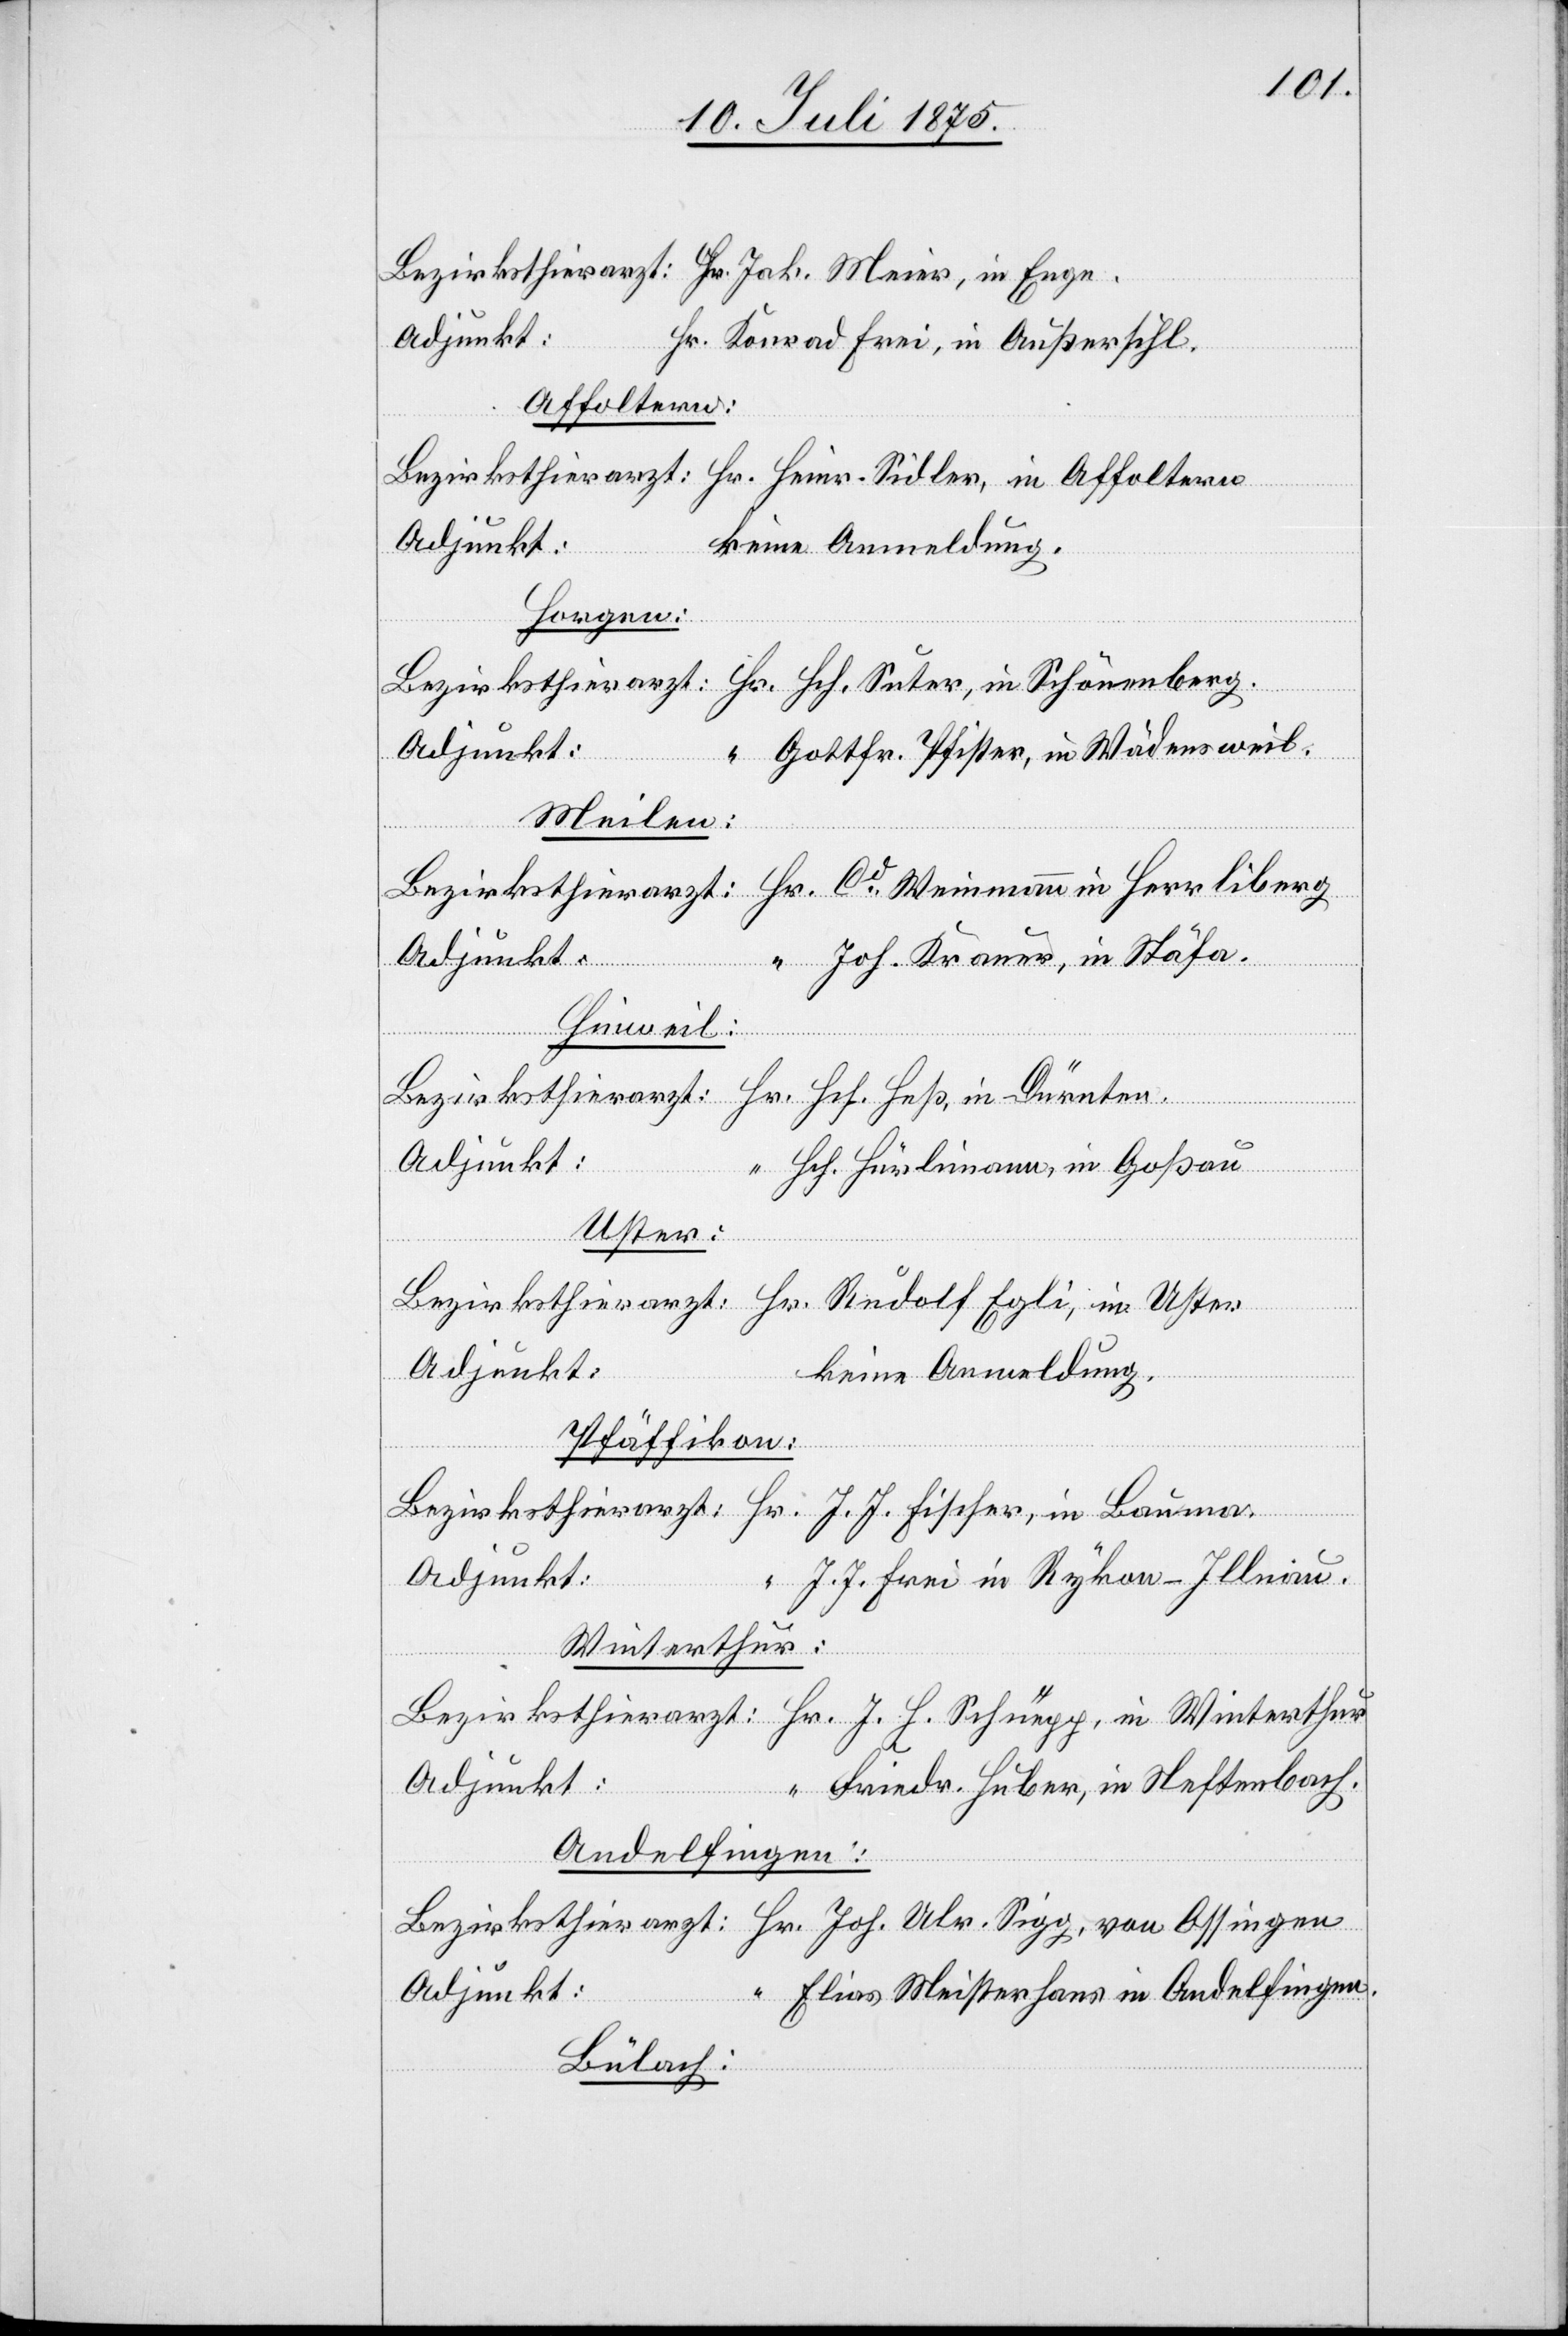
Adjunkt:
Hr. Konrad Frei, in Außersihl.
Affoltern.
Sigg,
keine Anmeldung.
Bezirksthiera¬
Horgen:
Adjunkt:
Gottfr. Pfister, in Wädensweil.
Hr.
Meilen:
Joh. Krauer, in Stäfa.
von
Hinweil:
Adjunkt:
Oss¬
Hch. Hürlimann, in Goßau.
Uster.
Adjunkt:
keine Anmeldung.
Pfäffikon:
Adjunkt:
J. J. Frei, in Rykon - Illnau.
Winterthur.
Adjunkt:
Friedr. Huber, in Neftenbach.
Andelfingen:
Elias Meisterhans in Andelfingen.
Adjunkt:
Bülach:
ingen.